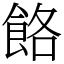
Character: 餎